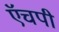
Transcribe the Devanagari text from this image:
ऍचपी